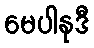
မေပါနုဒီ